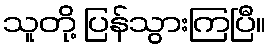
သူတို့ ပြန်သွားကြပြီ။